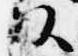
頭